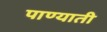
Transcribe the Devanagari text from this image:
पाण्याती